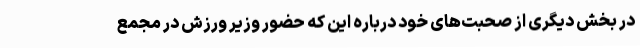
در بخش دیگری از صحبت‌های خود درباره این که حضور وزیر ورزش در مجمع